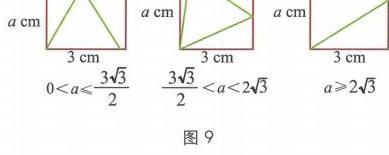
图9
\begin{center}
\begin{tabular}{ccc}
\includegraphics[width=0.2\textwidth]{图中未显示具体图像内容，无法准确绘制对应的图形}&
\includegraphics[width=0.2\textwidth]{图中未显示具体图像内容，无法准确绘制对应的图形}&
\includegraphics[width=0.2\textwidth]{图中未显示具体图像内容，无法准确绘制对应的图形}\\
\(a\mathrm{cm}\)，\(0 < a\leqslant\frac{3\sqrt{3}}{2}\) & \(a\mathrm{cm}\)，\(\frac{3\sqrt{3}}{2}< a < 2\sqrt{3}\) & \(a\mathrm{cm}\)，\(a\geqslant2\sqrt{3}\)\\
\(3\mathrm{cm}\) & \(3\mathrm{cm}\) & \(3\mathrm{cm}\)
\end{tabular}
\end{center}